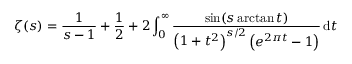
\zeta ( s ) = { \frac { 1 } { s - 1 } } + { \frac { 1 } { 2 } } + 2 \int _ { 0 } ^ { \infty } { \frac { \sin ( s \arctan t ) } { \left( 1 + t ^ { 2 } \right) ^ { s / 2 } \left( e ^ { 2 \pi t } - 1 \right) } } \, \mathrm { d } t